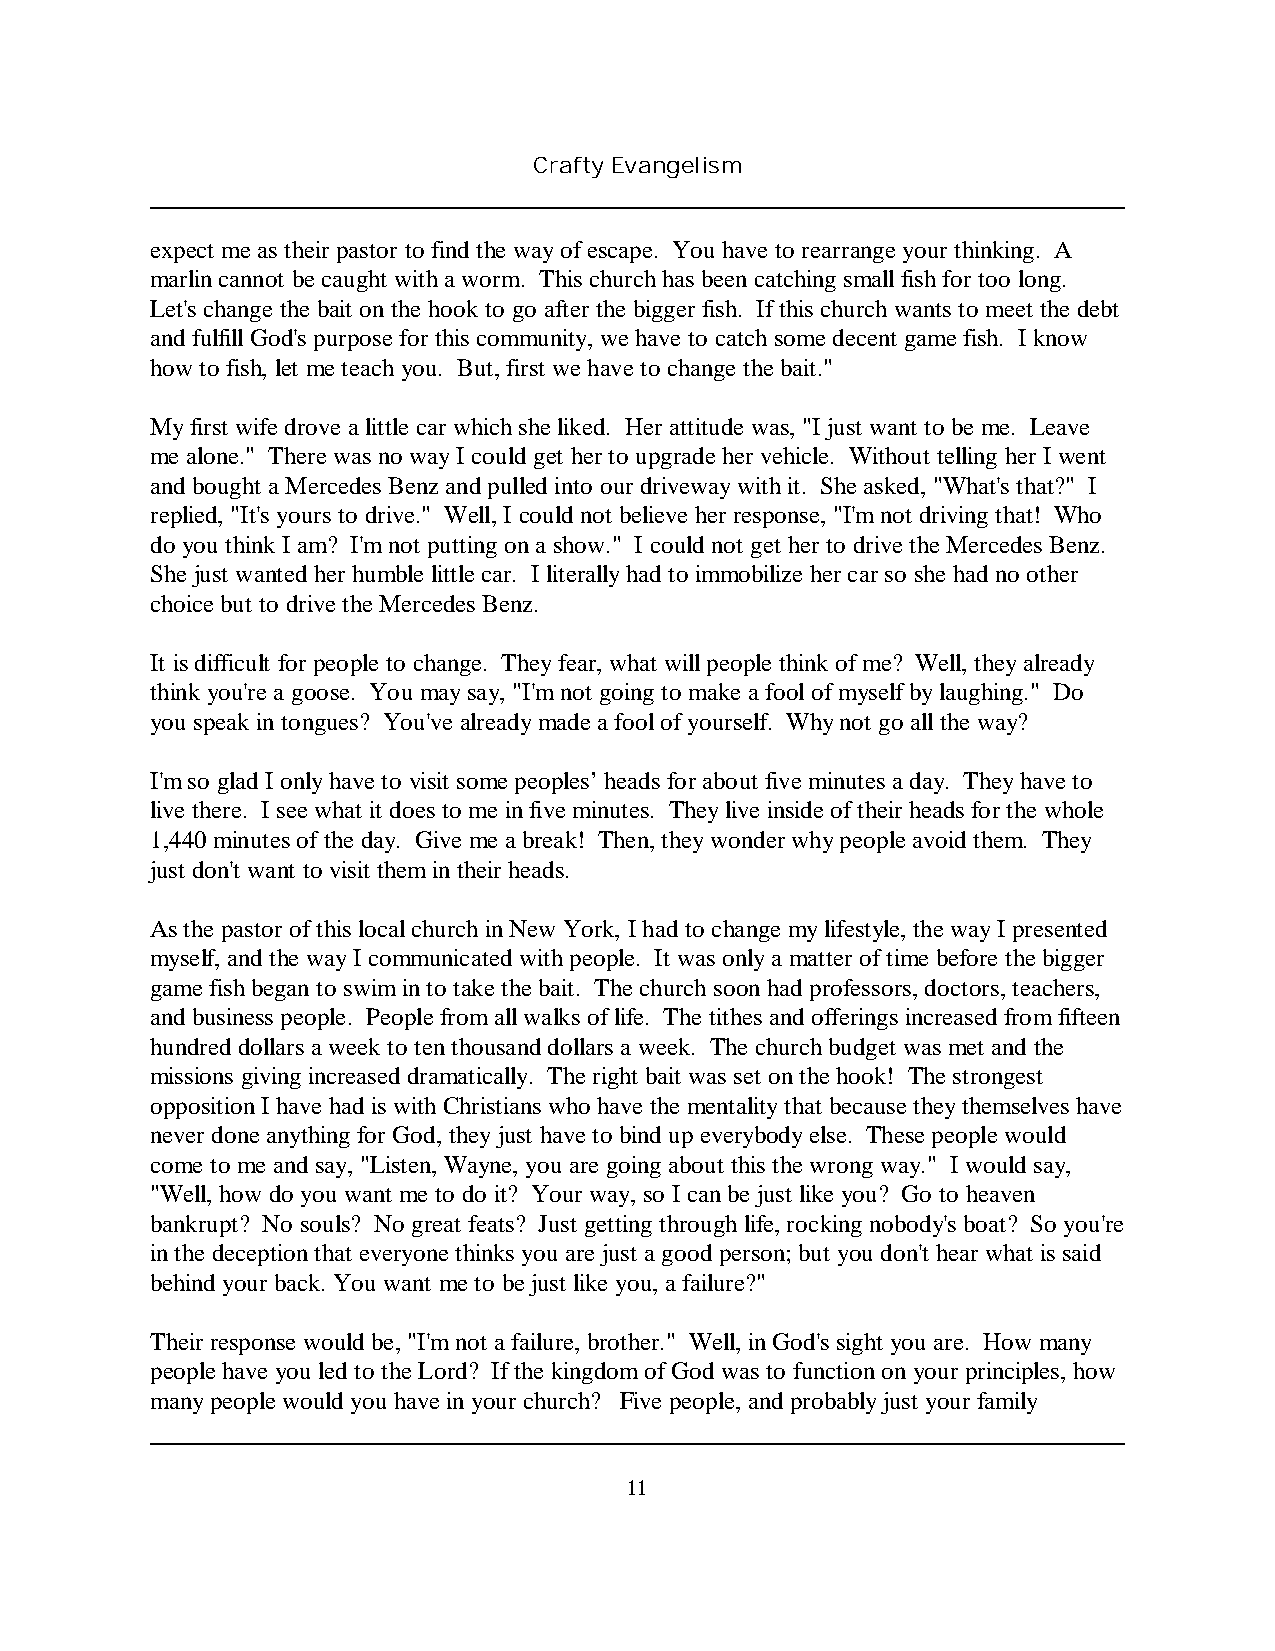
Crafty Evangelism
 expect me as their pastor to find the way of escape. You have to rearrange your thinking. A
 marlin cannot be caught with a worm. This church has been catching small fish for too long.
 Let's change the bait on the hook to go after the bigger fish. If this church wants to meet the debt
 and fulfill God's purpose for this community, we have to catch some decent game fish. I know
 how to fish, let me teach you. But, first we have to change the bait."
 My first wife drove a little car which she liked. Her attitude was, "I just want to be me. Leave
 me alone." There was no way I could get her to upgrade her vehicle. Without telling her I went
 and bought a Mercedes Benz and pulled into our driveway with it. She asked, "What's that?" I
 replied, "It's yours to drive." Well, I could not believe her response, "I'm not driving that! Who
 do you think I am? I'm not putting on a show." I could not get her to drive the Mercedes Benz.
 She just wanted her humble little car. I literally had to immobilize her car so she had no other
 choice but to drive the Mercedes Benz.
 It is difficult for people to change. They fear, what will people think of me? Well, they already
 think you're a goose. You may say, "I'm not going to make a fool of myself by laughing." Do
 you speak in tongues? You've already made a fool of yourself. Why not go all the way?
 I'm so glad I only have to visit some peoples’ heads for about five minutes a day. They have to
 live there. I see what it does to me in five minutes. They live inside of their heads for the whole
 1,440 minutes of the day. Give me a break! Then, they wonder why people avoid them. They
 just don't want to visit them in their heads.
 As the pastor of this local church in New York, I had to change my lifestyle, the way I presented
 myself, and the way I communicated with people. It was only a matter of time before the bigger
 game fish began to swim in to take the bait. The church soon had professors, doctors, teachers,
 and business people. People from all walks of life. The tithes and offerings increased from fifteen
 hundred dollars a week to ten thousand dollars a week. The church budget was met and the
 missions giving increased dramatically. The right bait was set on the hook! The strongest
 opposition I have had is with Christians who have the mentality that because they themselves have
 never done anything for God, they just have to bind up everybody else. These people would
 come to me and say, "Listen, Wayne, you are going about this the wrong way." I would say,
 "Well, how do you want me to do it? Your way, so I can be just like you? Go to heaven
 bankrupt? No souls? No great feats? Just getting through life, rocking nobody's boat? So you're
 in the deception that everyone thinks you are just a good person; but you don't hear what is said
 behind your back. You want me to be just like you, a failure?"
 Their response would be, "I'm not a failure, brother." Well, in God's sight you are. How many
 people have you led to the Lord? If the kingdom of God was to function on your principles, how
 many people would you have in your church? Five people, and probably just your family
 11